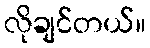
လိုချင်တယ်။